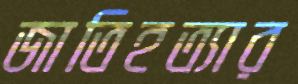
জাতিহত্যার